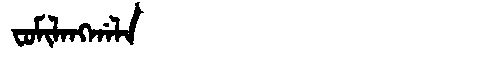
Manchu: ᠸᠣᠮᡳᠯᠠᠩᡤᠠᠯᠠ
Romanization: FOMILANGGALA